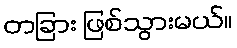
တခြား ဖြစ်သွားမယ်။